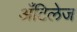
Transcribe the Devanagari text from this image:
अँटिलेज